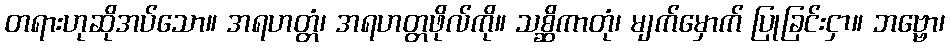
တရားဟုဆိုအပ်သော။ အရဟတ္တံ၊ အရဟတ္တဖိုလ်ကို။ သစ္ဆိကာတုံ၊ မျက်မှောက် ပြုခြင်းငှာ။ ဘဗ္ဗော၊